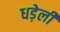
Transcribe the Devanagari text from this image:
धड़ेली